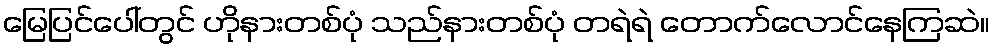
မြေပြင်ပေါ်တွင် ဟိုနားတစ်ပုံ သည်နားတစ်ပုံ တရဲရဲ တောက်လောင်နေကြဆဲ။